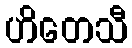
ဟိတေသီ